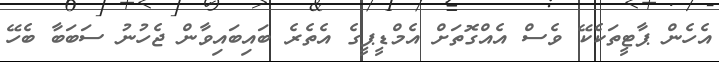
އެހެން ޕާޓީތަކެކޭ ވެސް އެއްގޮތަށް އެމްޑީޕީގެ އެތެރެ ބައިބައިވާން ޖެހުނު ސަބަބާ ބެހޭ